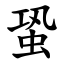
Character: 蛩